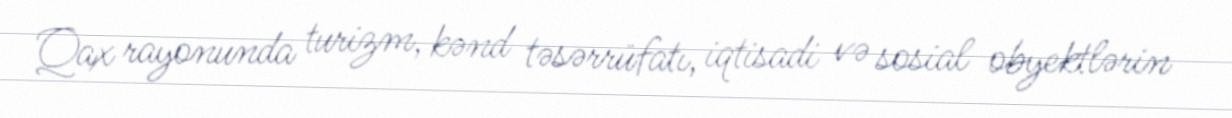
Qax rayonunda turizm, kənd təsərrüfatı, iqtisadi və sosial obyektlərin